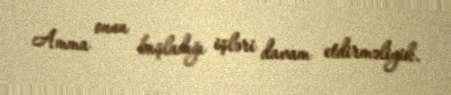
Amma onun başladığı işləri davam etdirməliyik.